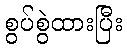
စွပ်စွဲထားပြီး